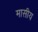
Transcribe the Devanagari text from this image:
मासीय